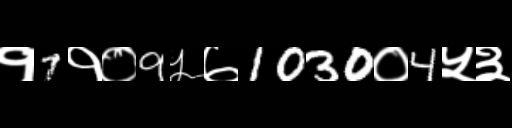
Text: १7१०9५७1030०4५३